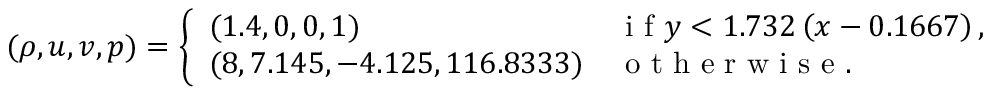
( \rho , u , v , p ) = \left\{ \begin{array} { l l } { ( 1 . 4 , 0 , 0 , 1 ) } & { \mathrm { ~ i ~ f ~ } y < 1 . 7 3 2 \left( x - 0 . 1 6 6 7 \right) , } \\ { ( 8 , 7 . 1 4 5 , - 4 . 1 2 5 , 1 1 6 . 8 3 3 3 ) } & { \mathrm { ~ o ~ t ~ h ~ e ~ r ~ w ~ i ~ s ~ e ~ } . } \end{array} \right.